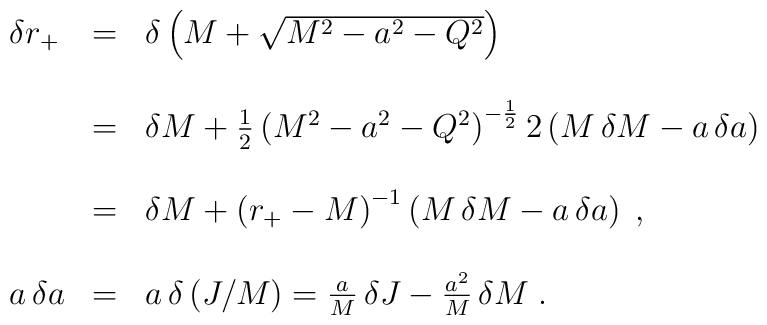
\begin{array}{lll}\delta r_+&=&\delta\left(M+\sqrt{M^2-a^2-Q^2}\right)\\\\&=&\delta M+{1\over2}\,{\left(M^2-a^2-Q^2\right)}^{-{1\over2}}\,2\left(M\,\delta M-a\,\delta a\right)\\\\&=&\delta M+{\left(r_+-M\right)}^{-1}\left(M\,\delta M-a\,\delta a\right)\;,\\\\a\,\delta a&=&a\,\delta\left(J/M\right)={a\over M}\,\delta J-{a^2\over M}\,\delta M\;.\end{array}